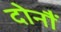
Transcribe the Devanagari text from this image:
दोनौं